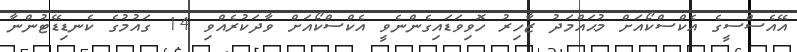
އޭއެސްސީގެ އެކްސްކޯއަށް މުޙައްމަދު ޒާހިރު ހޮވިވަޑައިގެންނެވީ އެކްސްކޯއަށް ވާދަކުރެއްވި 14 ގައުމުގެ ކެނޑިޑޭޓުންނާ